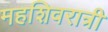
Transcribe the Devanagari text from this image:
महशिवरात्री